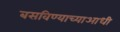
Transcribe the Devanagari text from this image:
बसविण्याच्याआधी